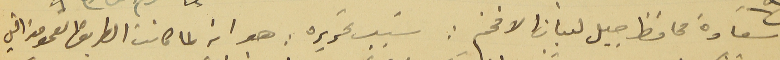
سَعادة محافظ جبل لبنان الافخم: سَبب تحريره : هو انه لما كان الطريق العمومي التي